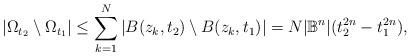
LaTeX: \begin{align*}|\Omega_{t_2}\setminus\Omega_{t_1}|\leq\sum^N_{k=1}|B(z_k,t_2)\setminus{B(z_k,t_1)}|=N|\mathbb{B}^n|(t_2^{2n}-t_1^{2n}),\end{align*}